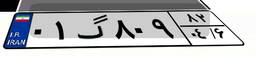
۴۹گ۰۹۴۸۳